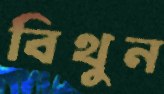
বিথুন